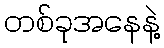
တစ်ခုအနေနဲ့